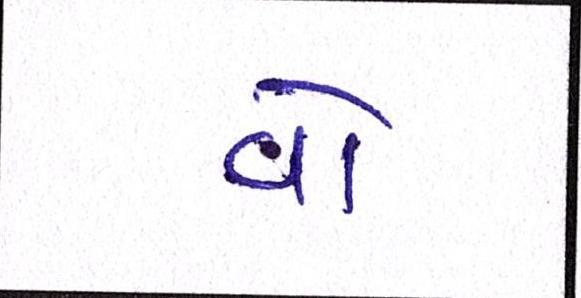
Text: વો